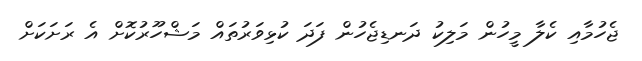
ޖެހުމާއި ކެލާ މީހުން މަލިކު ދަނޑިޖެހުން ފަދަ ކުޅިވަރުތައް މަޝްހޫރުކޮށް އެ ރަށަކަށް